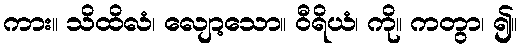
ကား။ သိထိလံ၊ လျော့သော။ ဝီရိယံ၊ ကို။ ကတွာ၊ ၍။